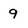
Character: 9